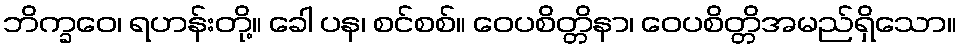
ဘိက္ခဝေ၊ ရဟန်းတို့။ ခေါ ပန၊ စင်စစ်။ ဝေပစိတ္တိနာ၊ ဝေပစိတ္တိအမည်ရှိသော။